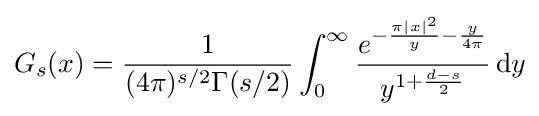
G_{s}(x)={\frac {1}{(4\pi )^{s/2}\Gamma (s/2)}}\int _{0}^{\infty }{\frac {e^{-{\frac {\pi \vert x\vert ^{2}}{y}}-{\frac {y}{4\pi }}}}{y^{1+{\frac {d-s}{2}}}}}\,\mathrm {d} y